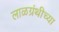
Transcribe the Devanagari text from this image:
लाळग्रंथीच्या